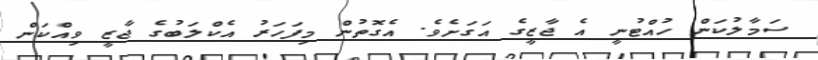
ސަމާލުކަން ހުއްޓުނީ އެ ޖާޒީގެ އަގަށެވެ. އެގޮތުން މިފަހަރު އެކްލަބުގެ ޖާޒީ ވިއްކަން